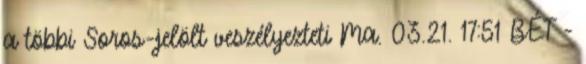
a többi Soros-jelölt veszélyezteti Ma. 03.21. 17:51 BÉT -